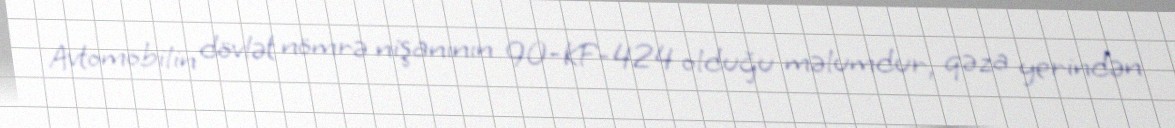
Avtomobilin dövlət nömrə nişanının 90-KF-424 olduğu məlumdur, qəza yerindən